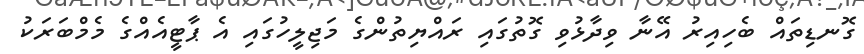
ގޮނޑިތައް ބެހިއިރު އޭނާ ވިދާޅުވި ގޮތުގައި ރައްޔިތުންގެ މަޖިލީހުގައި އެ ޕާޓީއެއްގެ މެމްބަރަކު